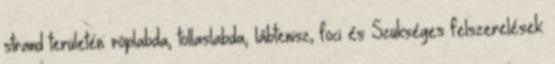
strand területén: röplabda, tollaslabda, lábtenisz, foci és Szükséges felszerelések: